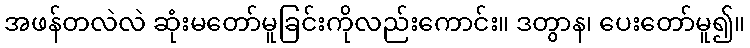
အဖန်တလဲလဲ ဆုံးမတော်မူခြင်းကိုလည်းကောင်း။ ဒတွာန၊ ပေးတော်မူ၍။